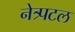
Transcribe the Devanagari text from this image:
नेत्र्पटल